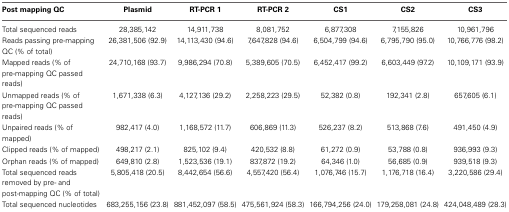
<table><thead><tr><td><b>Post mapping QC</b></td><td><b>Plasmid</b></td><td><b>RT-PCR 1</b></td><td><b>RT-PCR 2</b></td><td><b>CS1</b></td><td><b>CS2</b></td><td><b>CS3</b></td></tr></thead><tbody><tr><td>Total sequenced reads</td><td>28,385,142</td><td>14,911,738</td><td>8,081,752</td><td>6,877,308</td><td>7,155,826</td><td>10,961,796</td></tr><tr><td>Reads passing pre-mapping QC (% of total)</td><td>26,381,506 (92.9)</td><td>14,113,430 (94.6)</td><td>7,647,828 (94.6)</td><td>6,504,799 (94.6)</td><td>6,795,790 (95.0)</td><td>10,766,776 (98.2)</td></tr><tr><td>Mapped reads (% of pre-mapping QC passed reads)</td><td>24,710,168 (93.7)</td><td>9,986,294 (70.8)</td><td>5,389,605 (70.5)</td><td>6,452,417 (99.2)</td><td>6,603,449 (97.2)</td><td>10,109,171 (93.9)</td></tr><tr><td>Unmapped reads (% of pre-mapping QC passed reads)</td><td>1,671,338 (6.3)</td><td>4,127,136 (29.2)</td><td>2,258,223 (29.5)</td><td>52,382 (0.8)</td><td>192,341 (2.8)</td><td>657,605 (6.1)</td></tr><tr><td>Unpaired reads (% of mapped)</td><td>982,417 (4.0)</td><td>1,168,572 (11.7)</td><td>606,869 (11.3)</td><td>526,237 (8.2)</td><td>513,868 (7.6)</td><td>491,450 (4.9)</td></tr><tr><td>Clipped reads (% of mapped)</td><td>498,217 (2.1)</td><td>825,102 (9.4)</td><td>420,532 (8.8)</td><td>61,272 (0.9)</td><td>53,788 (0.8)</td><td>936,993 (9.3)</td></tr><tr><td>Orphan reads (% of mapped)</td><td>649,810 (2.8)</td><td>1,523,536 (19.1)</td><td>837,872 (19.2)</td><td>64,346 (1.0)</td><td>56,685 (0.9)</td><td>939,518 (9.3)</td></tr><tr><td>Total sequenced reads removed by pre- and post-mapping QC (% of total)</td><td>5,805,418 (20.5)</td><td>8,442,654 (56.6)</td><td>4,557,420 (56.4)</td><td>1,076,746 (15.7)</td><td>1,176,718 (16.4)</td><td>3,220,586 (29.4)</td></tr><tr><td>Total sequenced nucleotides removed by pre- and post-mapping QC (% of total)</td><td>683,255,156 (23.8)</td><td>881,452,097 (58.5)</td><td>475,561,924 (58.3)</td><td>166,794,256 (24.0)</td><td>179,258,081 (24.8)</td><td>424,048,489 (28.3)</td></tr></tbody></table>